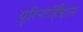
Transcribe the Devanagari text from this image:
यूरिनोर्हिंचास